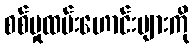
စစ်မှုထမ်းဟောင်းများကို